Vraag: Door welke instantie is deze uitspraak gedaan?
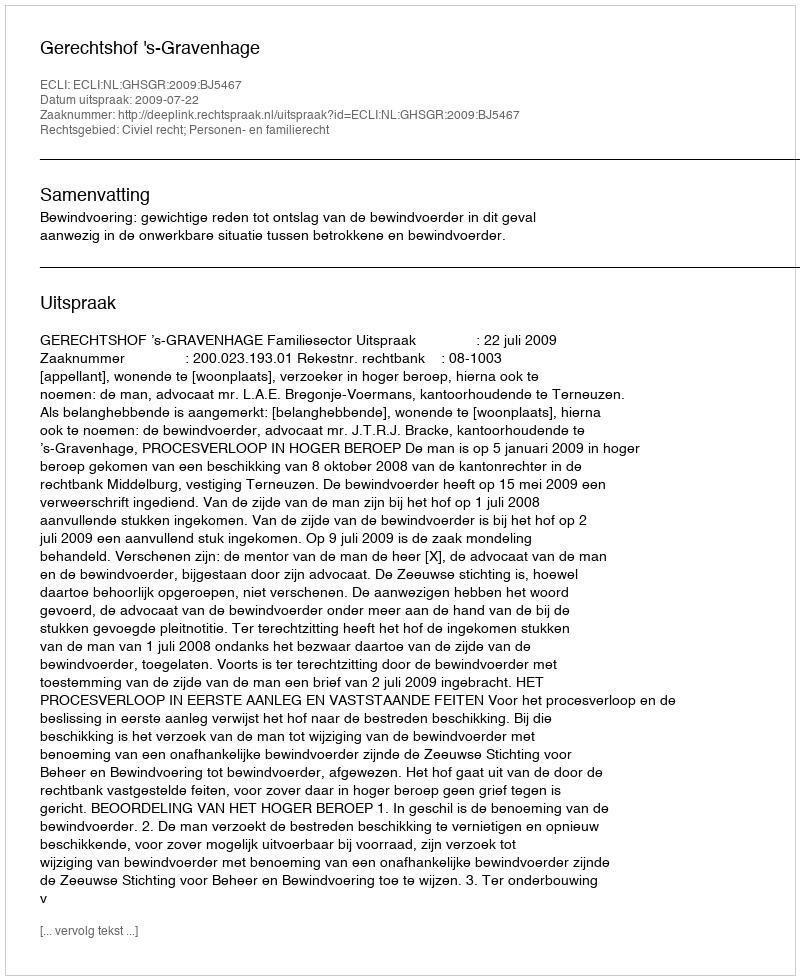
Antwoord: Gerechtshof 's-Gravenhage